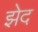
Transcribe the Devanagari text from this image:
झेद